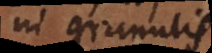
in granulis